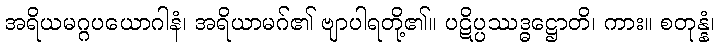
အရိယမဂ္ဂပယောဂါနံ၊ အရိယာမဂ်၏ ဗျာပါရတို့၏။ ပဋိပ္ပဿဒ္ဓဋ္ဌောတိ၊ ကား။ စတုန္နံ၊